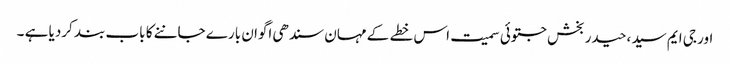
اور جی ایم سید ،حیدر بخش جتوئی سمیت اس خطے کے مہان سندھی اگوان بارے جاننے کا باب بند کردیا ہے ۔